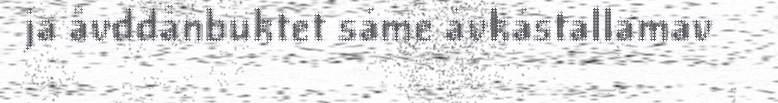
ja åvddånbuktet sáme ávkástallamav